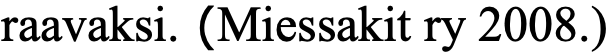
raavaksi. (Miessakit ry 2008.)